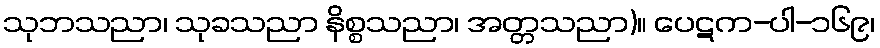
သုဘသညာ၊ သုခသညာ နိစ္စသညာ၊ အတ္တသညာ)။ ပေဋက-ပါ-၁၆၉၊